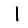
Digit: 1